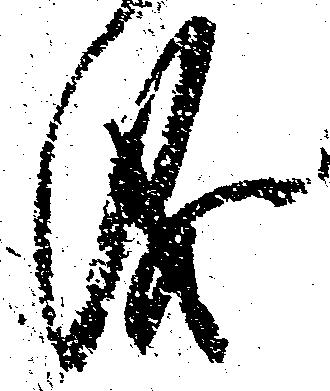
儀